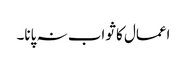
اعمال کا ثواب نہ پانا۔